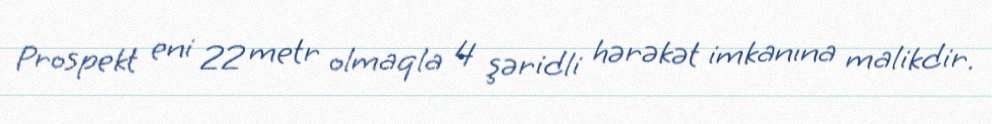
Prospekt eni 22 metr olmaqla 4 şəridli hərəkət imkanına malikdir.